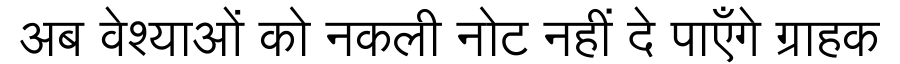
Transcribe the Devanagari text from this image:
अब वेश्याओं को नकली नोट नहीं दे पाएँगे ग्राहक